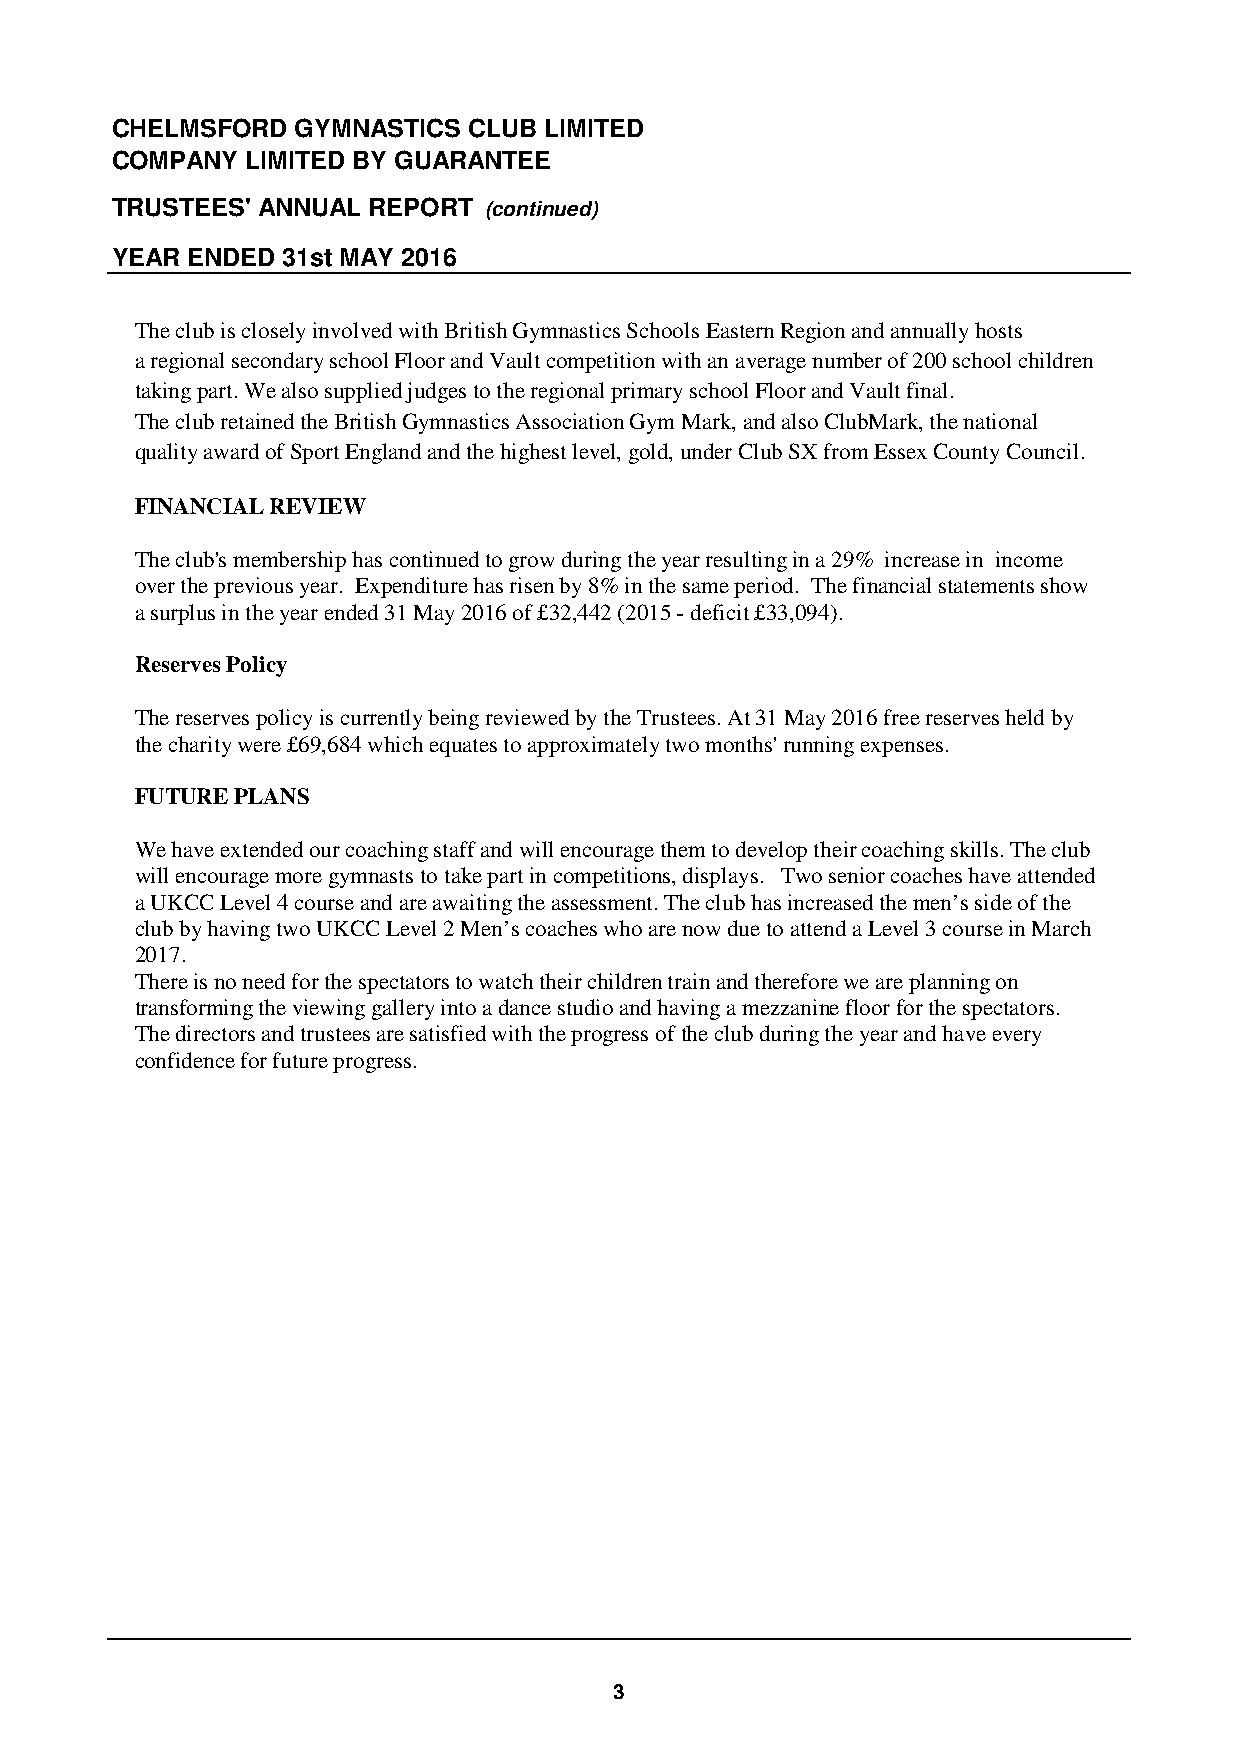
CHELMSFORD   GYMNASTICS CLUB LIMITED
 COMPANY  LIMITED BY GUARANTEE
 TRUSTEES' ANNUAL REPORT  (continued)
 YEAR ENDED  31st MAY 2016
 The club is closely involved with British Gymnastics Schools Eastern Region andannually hosts
 aregional secondary school Floor and Vault competition with an average number of 200 school children
 taking part.We also supplied judges to the regional primary school Floor and Vault final.
 Theclub retained the British Gymnastics Association Gym Mark, and also ClubMark, the national
 quality award of Sport England and the highest level, gold, under Club SX from Essex County Council.
 FINANCIAL REVIEW
 The club's membership has continued to grow during the year resulting in a 29% increase in income
 over the previous year. Expenditure has risen by 8% in the same period. The financial statements show
 a surplus in the year ended 31 May 2016 of £32,442 (2015 -deficit £33,094).
 Reserves Policy
 Thereserves policy is currently being reviewed by the Trustees. At 31 May 2016 free reserves held by
 the charity were £69,684which equates to approximately two months' running expenses.
 FUTURE PLANS
 We have extended our coaching staff and will encourage them to develop their coaching skills. The club
 will encourage more gymnasts to take part in competitions, displays. Two senior coaches have attended
 a UKCC Level 4 course and are awaiting the assessment. The club has increased the men’s side of the
 club by having two UKCC Level 2 Men’s coaches who are now due to attend a Level 3 course in March
 2017.
 There is no need for the spectators to watch their children train and therefore we are planning on
 transforming the viewing gallery into a dance studio and having a mezzanine floor for the spectators.
 The directors and trustees are satisfied with the progress of the club during the year and have every
 confidence for future progress.
 3